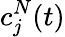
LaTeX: c_{j}^{N}(t)